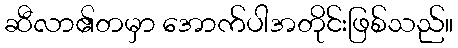
ဆီလာ၏တမှာ အောက်ပါအတိုင်းဖြစ်သည်။